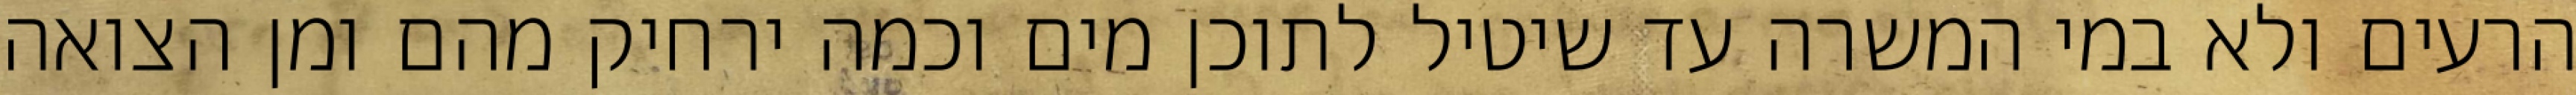
הרעים ולא במי המשרה עד שיטיל לתוכן מים וכמה ירחיק מהם ומן הצואה